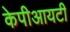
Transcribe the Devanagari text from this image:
केपीआयटी